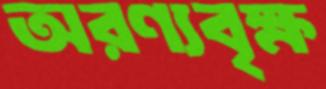
অরণ্যবৃক্ষ